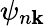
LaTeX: \psi_{n\mathbf{k}}